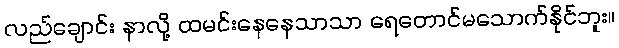
လည်ချောင်း နာလို့ ထမင်းနေနေသာသာ ရေတောင်မသောက်နိုင်ဘူး။